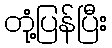
တုံ့ပြန်ပြီး